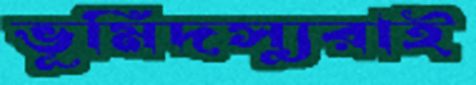
ভূমিদস্যুরাই